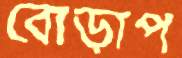
বোড়াপ